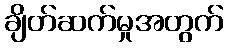
ချိတ်ဆက်မှုအတွက်